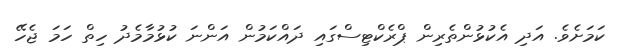
ކަމަށެވެ. އަދި އެކުޅުންތެރިން ޕްރެކްޓިސްގައި ދައްކަމުން އަންނަ ކުޅުމާމެދު ހިތް ހަމަ ޖެހޭ